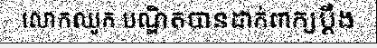
លោកឈូក បណ្ឌិតបានដាក់ពាក្យប្តឹង